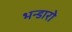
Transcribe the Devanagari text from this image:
भन्डारो